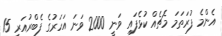
އެންމެ ފުރަތަމަ މެޗެއް ކުޅެފައި ވަނީ 2000 ވަނަ އަހަރުގެ ފެބްރުއަރީ 15